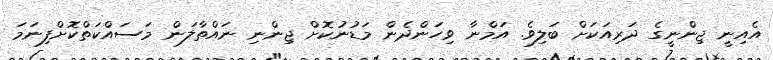
އެއިނީ ޖިންނީގެ ދަރިއަކަށް ބަލިވެ. އަމްނާ ވިހަންދެން މަޑުނުކޮށް ޖިންނި ނައްތާލަން މަސައްކަތްކޮށްފިނަމަ